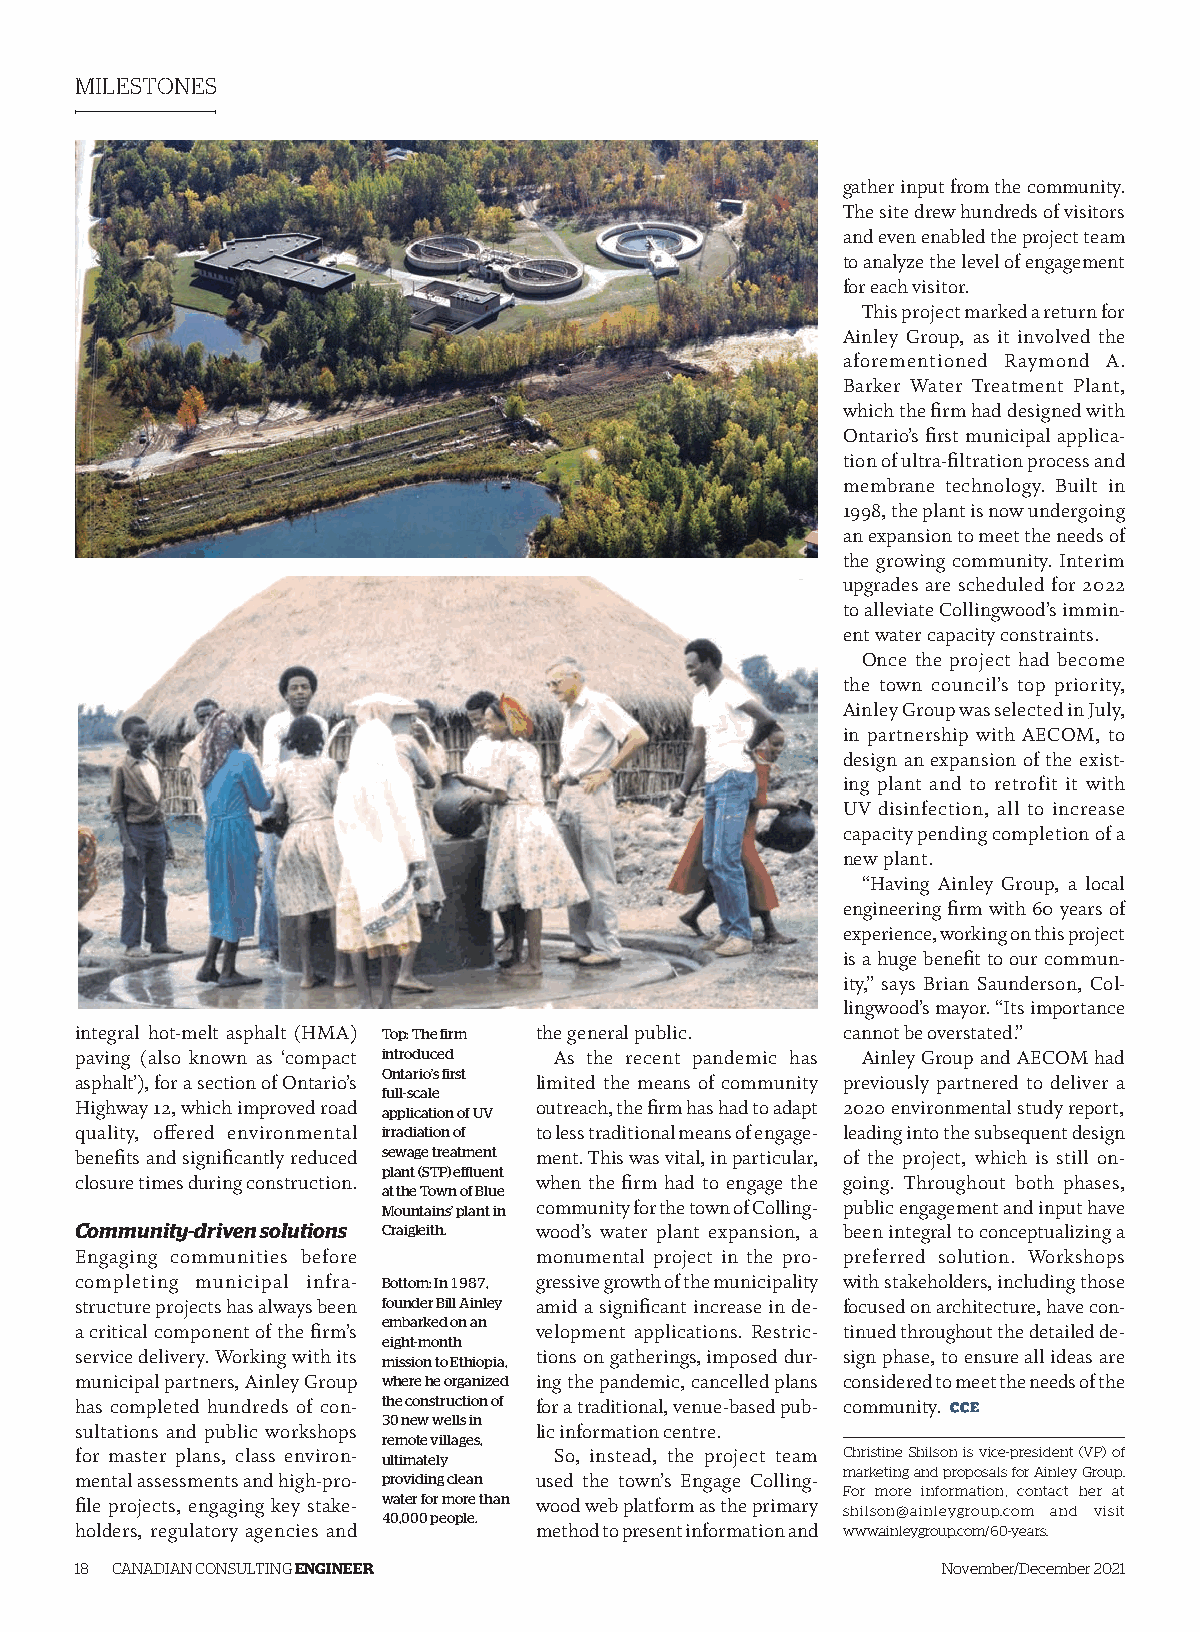
MILESTONES
 gather input from the community.
 The site drew hundreds of visitors
 and even enabled the project team
 to analyze the level of engagement
 for each visitor.
 This project marked a return for
 Ainley Group, as it involved the
 aforementioned Raymond A.
 Barker Water Treatment Plant,
 which the firm had designed with
 Ontario’s first municipal applica-
 tion of ultra-filtration process and
 membrane technology. Built in
 1998, the plant is now undergoing
 an expansion to meet the needs of
 the growing community. Interim
 upgrades are scheduled for 2022
 to alleviate Collingwood’s immin-
 ent water capacity constraints.
 Once the project had become
 the town council’s top priority,
 Ainley Group was selected in July,
 in partnership with AECOM, to
 design an expansion of the exist-
 ing plant and to retrofit it with
 UV disinfection, all to increase
 capacity pending completion of a
 new plant.
 “Having Ainley Group, a local
 engineering firm with 60 years of
 experience, working on this project
 is a huge benefit to our commun-
 ity,” says Brian Saunderson, Col-
 lingwood’s mayor. “Its importance
 integral hot-melt asphalt (HMA) Top: The firm the general public. cannot be overstated.”
 paving (also known as ‘compact introduced As the recent pandemic has Ainley Group and AECOM had
 Ontario’s first
 asphalt’), for a section of Ontario’s limited the means of community previously partnered to deliver a
 full-scale
 Highway 12, which improved road outreach, the firm has had to adapt 2020 environmental study report,
 application of UV
 quality, offered environmental irradiation of to less traditional means of engage- leading into the subsequent design
 benefits and significantly reduced sewage treatment ment. This was vital, in particular, of the project, which is still on-
 plant (STP) effluent
 closure times during construction. when the firm had to engage the going. Throughout both phases,
 at the Town of Blue
 Mountains’ plant in community for the town of Colling- public engagement and input have
 Community-driven solutions Craigleith. wood’s water plant expansion, a been integral to conceptualizing a
 Engaging communities before   monumental project in the pro- preferred solution. Workshops
 completing municipal infra- Bottom: In 1987, gressive growth of the municipality with stakeholders, including those
 structure projects has always been founder Bill Ainley amid a significant increase in de- focused on architecture, have con-
 embarked on an
 a critical component of the firm’s velopment applications. Restric- tinued throughout the detailed de-
 eight-month
 service delivery. Working with its tions on gatherings, imposed dur- sign phase, to ensure all ideas are
 mission to Ethiopia,
 municipal partners, Ainley Group where he organized ing the pandemic, cancelled plans considered to meet the needs of the
 has completed hundreds of con- the construction of for a traditional, venue-based pub- community.
 30 new wells in
 sultations and public workshops lic information centre.
 remote villages,
 for master plans, class environ- ultimately So, instead, the project team Christine Shilson is vice-president (VP) of
 marketing and proposals for Ainley Group.
 mental assessments and high-pro- providing clean used the town’s Engage Colling-
 For more information, contact her at
 file projects, engaging key stake- water for more than wood web platform as the primary
 shilson@ainleygroup.com and visit
 40,000 people.
 holders, regulatory agencies and method to present information and www.ainleygroup.com/60-years.
 18 CANADIAN CONSULTING ENGINEER                          November/December 2021